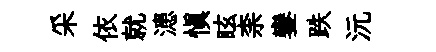
采依就漶慎眩柰鑾跌沅